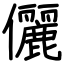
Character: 儷